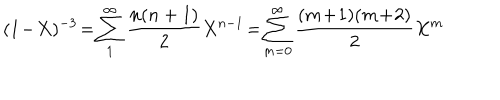
( 1 \! - \! X ) ^ { - 3 } \! = \! \sum _ { 1 } ^ { \infty } \frac { n ( n + 1 ) } { 2 } X ^ { n - 1 } \! = \! \sum _ { m = 0 } ^ { \infty } \frac { ( m \! + \! 1 ) ( m \! + \! 2 ) } { 2 } X ^ { m }